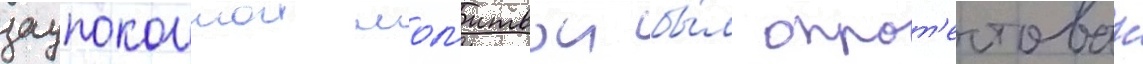
заупокоинои мол'итвои бы́л опрот'естован